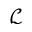
\mathcal { L }